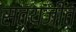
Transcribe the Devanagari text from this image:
सत्‍यजीत